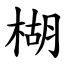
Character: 楜